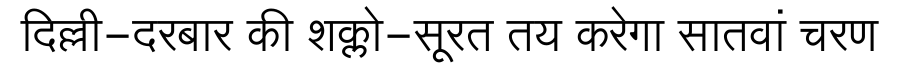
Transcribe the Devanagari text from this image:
दिल्ली-दरबार की शक्लो-सूरत तय करेगा सातवां चरण